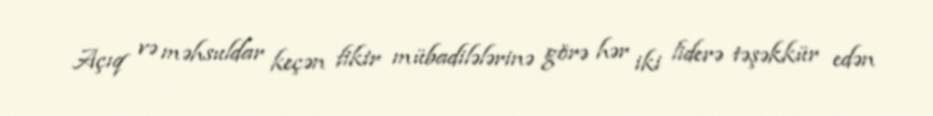
Açıq və məhsuldar keçən fikir mübadilələrinə görə hər iki liderə təşəkkür edən